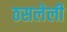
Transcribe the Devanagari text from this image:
ठसलेली